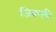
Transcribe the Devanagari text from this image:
जिकली